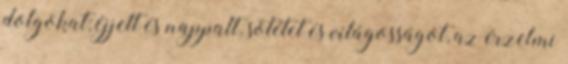
dolgokat; éjjelt és nappalt, sötétet és világosságot, az érzelmi